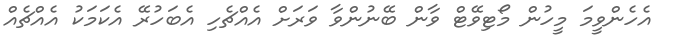
އެހެންވީމަ މީހުން މޯޓިވޭޓް ވާން ބޭނުންވާ ވަރަށް އެއްޗެހި އެބަހުރޭ އެކަމަކު އެއްޗެއް